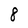
Character: 8